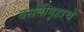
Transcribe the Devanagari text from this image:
वसतीगृहाचे